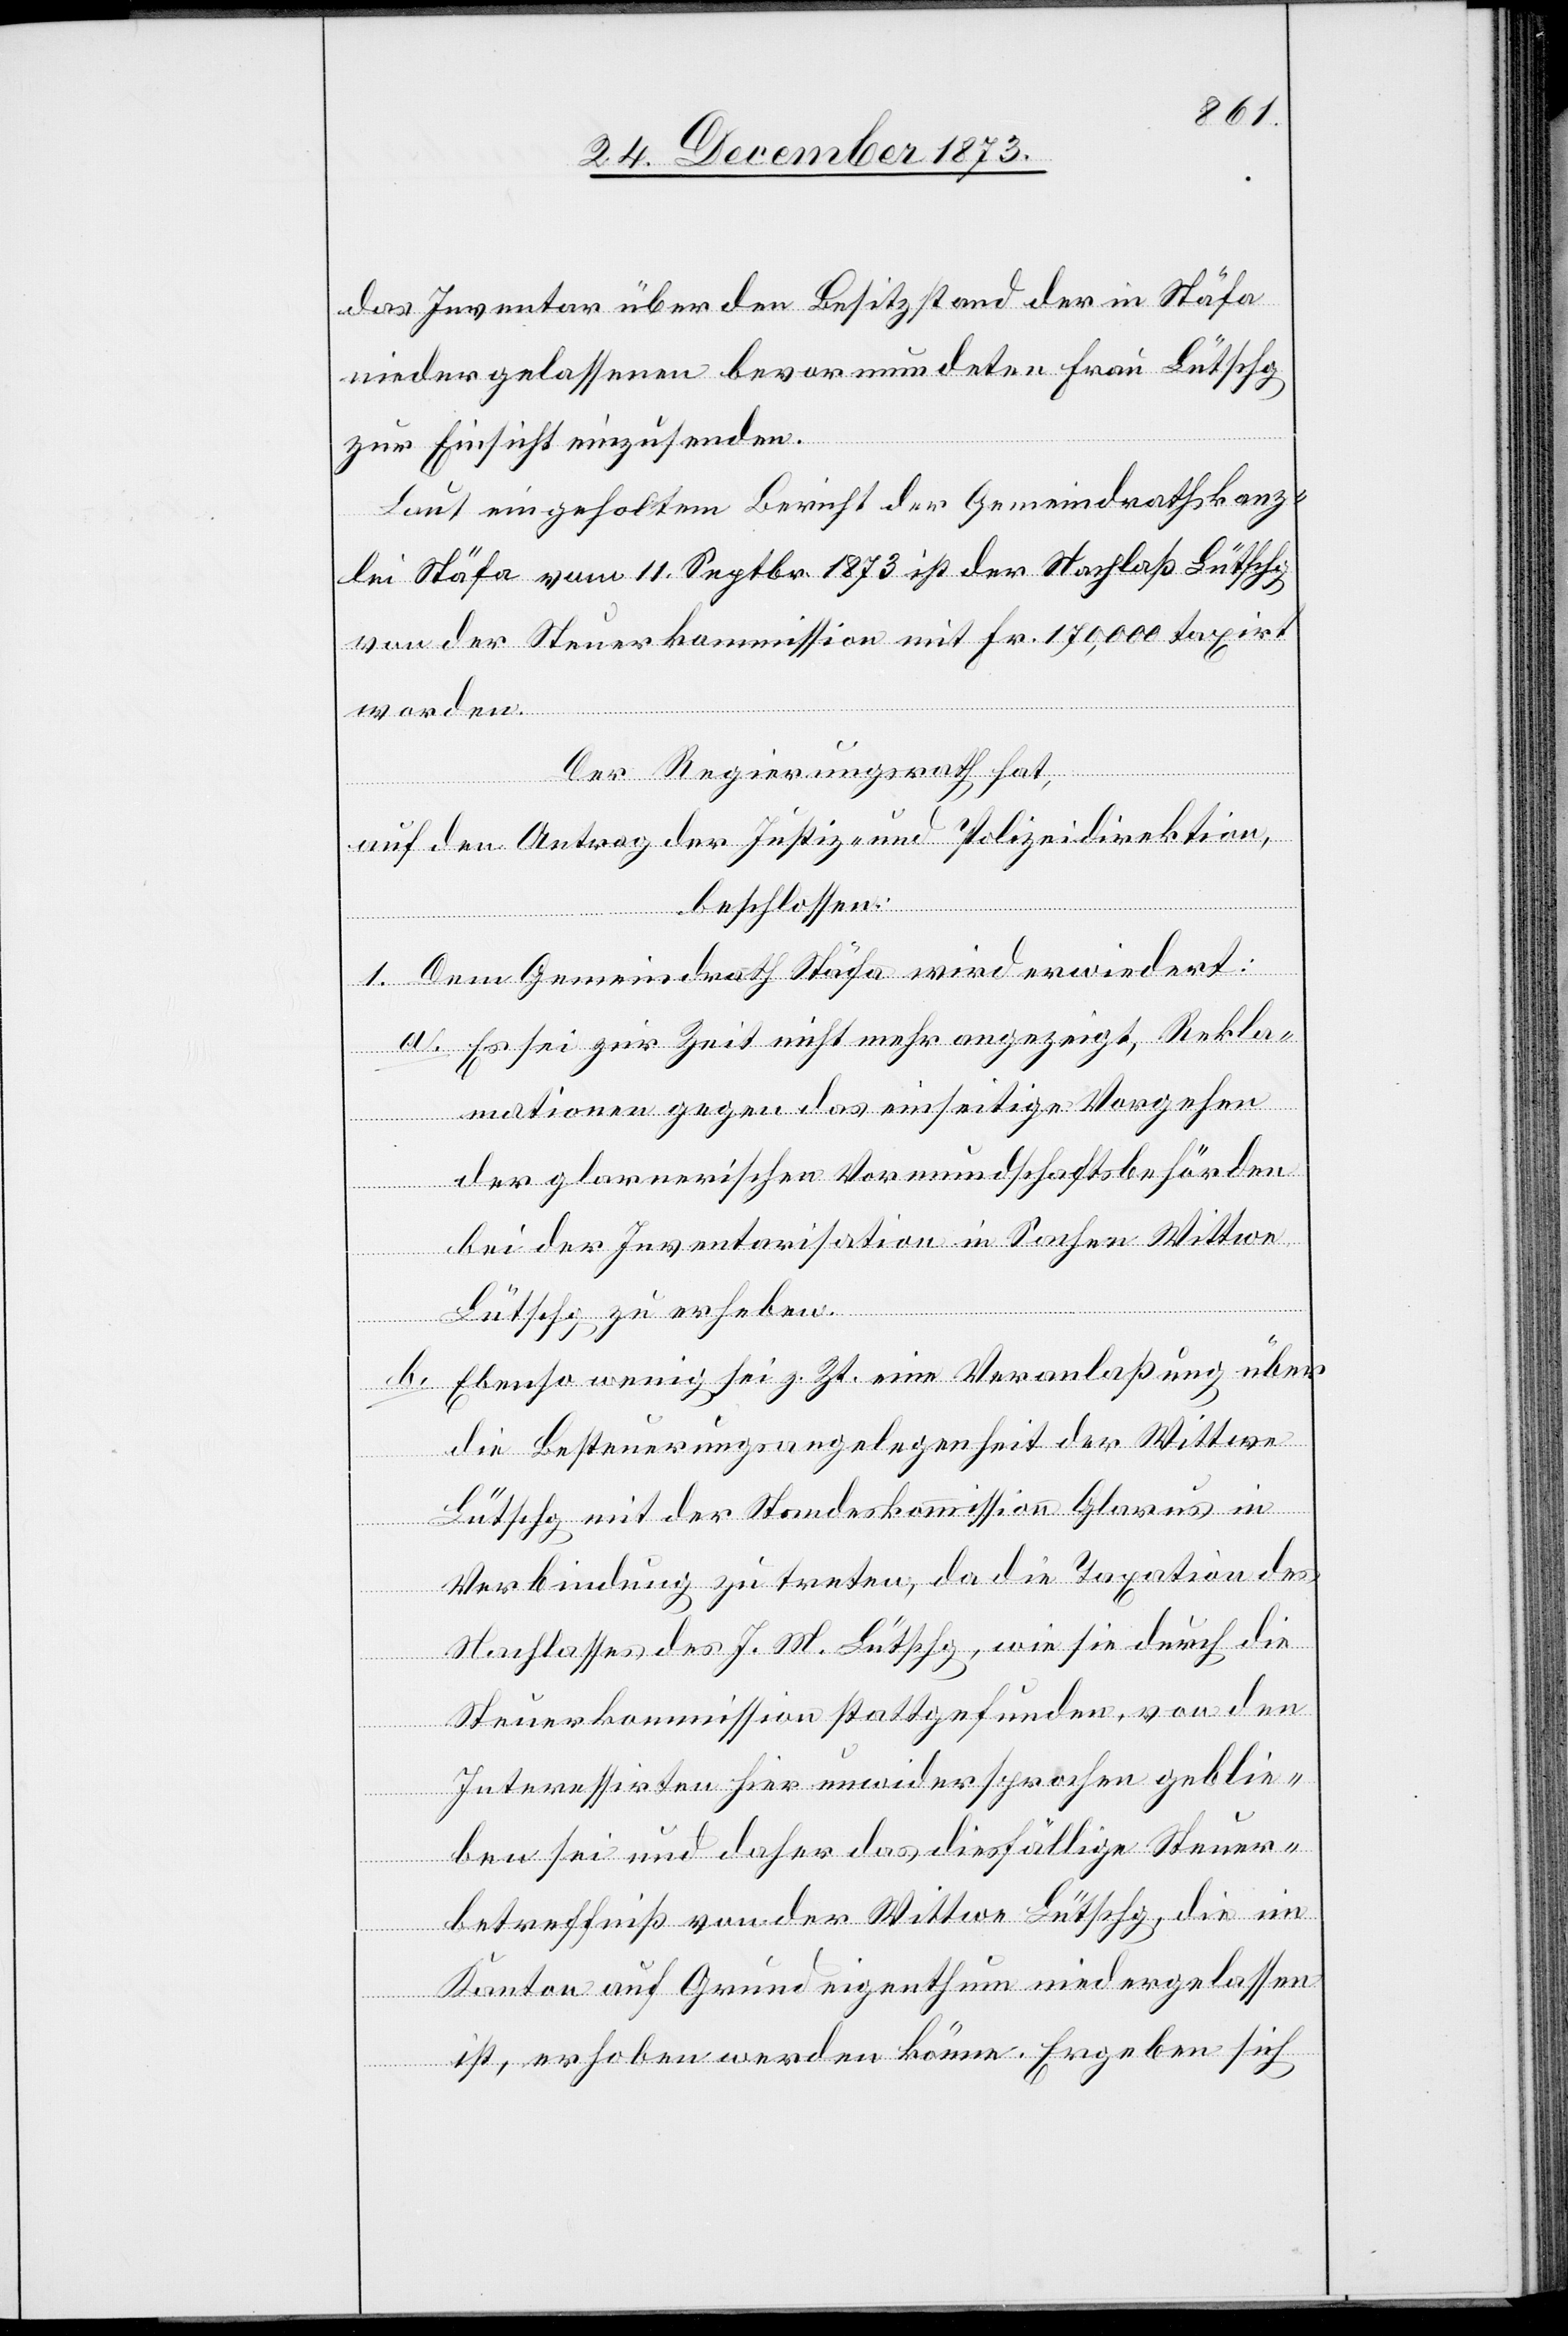
das Inventar über den Besitzstand der in Stäfa
niedergelassenen bevormundeten Frau Lütschg
zur Einsicht einzusenden.
Laut eingeholtem Bericht der Gemeindrathskanz¬
lei Stäfa vom 11. Septbr. 1873 ist der Nachlaß Lütschg
von der Steuerkommission mit Fr. 170,000 taxirt
worden.
Der Regierungsrath hat,
auf den Antrag der Justiz- und Polizeidirektion,
beschlossen:
1. Dem Gemeindrath Stäfa wird erwiedert:
a. Es sei zur Zeit nicht mehr angezeigt, Rekla¬
mationen gegen das einseitige Vorgehen
der glarnerischen Vormundschaftsbehörden
bei der Inventarisation in Sachen Wittwe
Lütschg zu erheben.
b. Ebenso wenig sei z. Zt. eine Veranlaßung über
die Besteuerungsangelegenheit der Wittwe
Lütschg mit der Standeskommission Glarus in
Verbindung zu treten, da die Taxation des
Nachlasses des J. M. Lütschg, wie sie durch die
Steuerkommission stattgefunden, von den
Interessirten hier unwidersprochen geblie¬
ben sei und daher das diesfällige Steuer¬
betreffniß von der Wittwe Lütschg, die im
Kanton auf Grundeigenthum niedergelassen
ist, erhoben werden könne. Ergeben sich